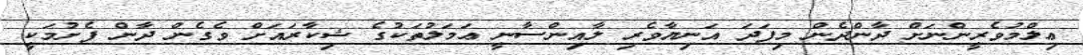
ޢިލްމުވެރީންނަށް ދާންދެން މިފަދަ އަނިޔާވެރި ލާއިންސާނީ ޢަމަލުތަކުގެ ޝިކާރައަށް ވެގެން ދާން ފެށުމަކީ